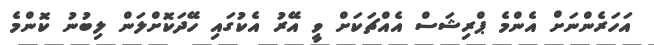
އަހަރެންނަށް އެންމެ ޕްރިޝަސް އެއްޗަކަށް ވީ އޭރު އެކުގައި ހޭދަކޮށްލަން ލިބުނު ކޮންމެ